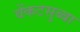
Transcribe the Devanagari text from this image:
वेंकटसुब्बा